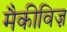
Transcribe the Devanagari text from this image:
मैकीविज़